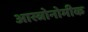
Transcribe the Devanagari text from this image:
आस्त्रोनोमीक